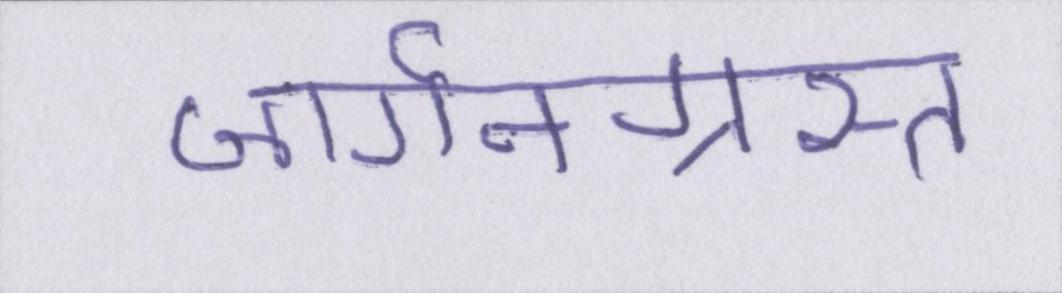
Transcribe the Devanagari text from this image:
जार्गनग्रस्त